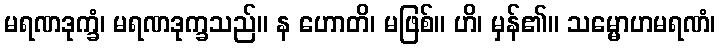
မရဏဒုက္ခံ၊ မရဏဒုက္ခသည်။ န ဟောတိ၊ မဖြစ်။ ဟိ၊ မှန်၏။ သမ္မောဟမရဏံ၊